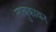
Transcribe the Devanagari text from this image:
लाबुकायन